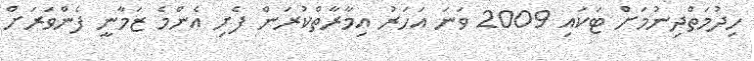
ހިދުމަތްދިނުމަށް ޓަކައި 2009 ވަނަ އަހަރު އިމާރާތްކުރަން ފެށި އެންމެ ޒަމާނީ ފެންވަރަށް